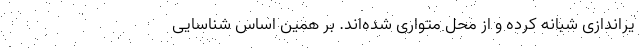
یراندازی شبانه‌ کرده و از محل متواری شده‌اند. بر همین اساس شناسایی